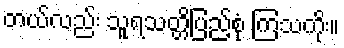
တယ်လည်း သူရသတ္တိပြည့်စုံ ကြသကိုး။